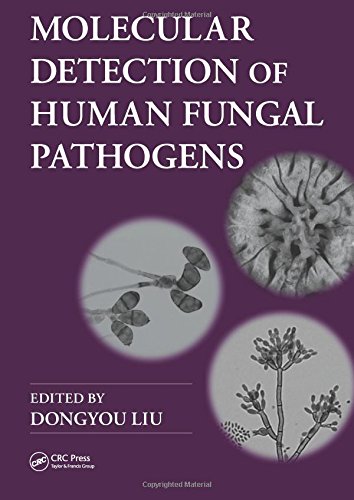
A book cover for Molecular Detection of Human Fungal Pathogens; Science & Math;